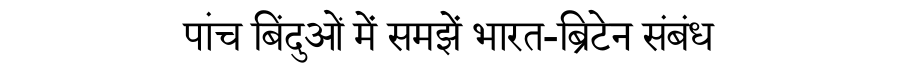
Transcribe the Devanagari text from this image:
पांच बिंदुओं में समझें भारत-ब्रिटेन संबंध